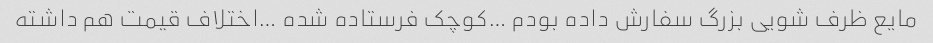
مایع ظرف شویی بزرگ سفارش داده بودم‌ …کوچک فرستاده شده …اختلاف قیمت هم داشته